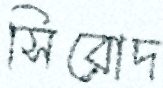
সিরোদ